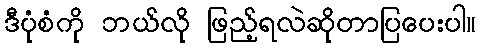
ဒီပုံစံကို ဘယ်လို ဖြည့်ရလဲဆိုတာပြပေးပါ။